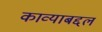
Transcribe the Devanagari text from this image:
काव्याबद्दल